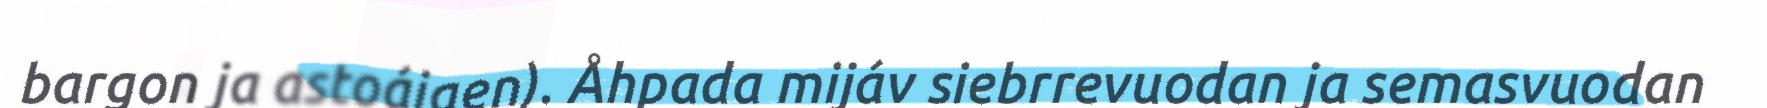
bargon ja astoájgen). Åhpada mijáv siebrrevuodan ja semasvuodan